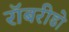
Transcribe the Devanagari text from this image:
रॉबरीडो